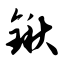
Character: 锹